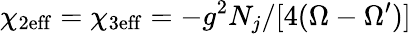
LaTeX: \chi_{\mathrm{2eff}}=\chi_{\mathrm{3eff}}=-g^{2}N_{j}/[4(\Omega-\Omega^{\prime})]